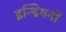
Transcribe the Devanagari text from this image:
इन्डियनों